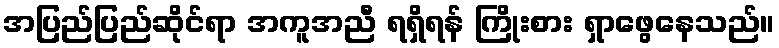
အပြည်ပြည်ဆိုင်ရာ အကူအညီ ရရှိရန် ကြိုးစား ရှာဖွေနေသည်။